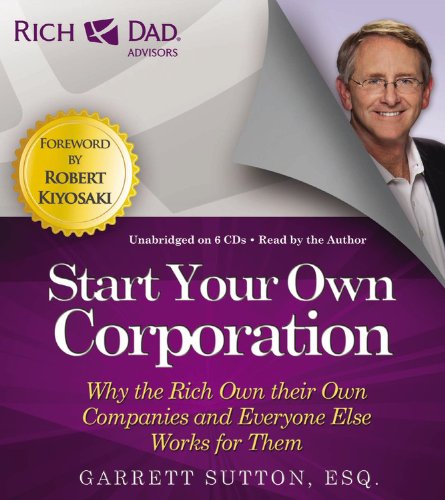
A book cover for Rich Dad Advisors: Start Your Own Corporation: Why the Rich Own Their Own Companies and Everyone Else Works for Them; Garrett Sutton; Business & Money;